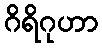
ဂိရိဂုဟာ